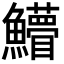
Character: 䲛